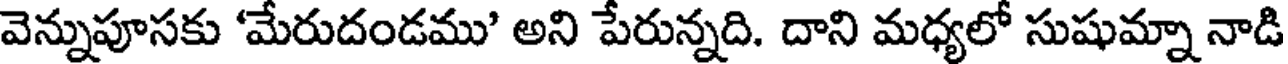
వెన్నుపూసకు 'మేరుదండము' అని పేరున్నది. దాని మధ్యలో సుషుమ్నా నాడి